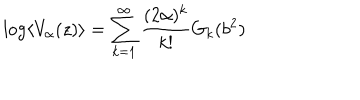
\log \left\langle V _ { \alpha } ( z ) \right\rangle = \sum _ { k = 1 } ^ { \infty } \frac { ( 2 \alpha ) ^ { k } } { k ! } G _ { k } ( b ^ { 2 } )